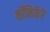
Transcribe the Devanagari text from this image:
कॉनिफ़ॅरे